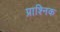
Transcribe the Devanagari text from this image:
प्राश्निक